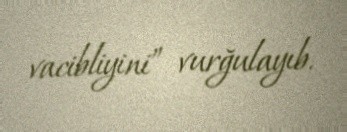
vacibliyini” vurğulayıb.